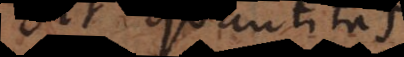
Sit quantitas